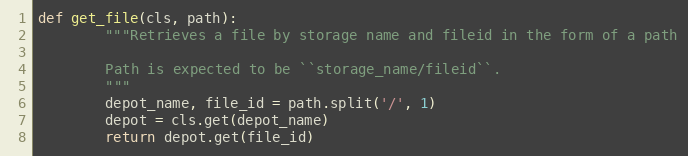
Language: Python
def get_file(cls, path):
        """Retrieves a file by storage name and fileid in the form of a path

        Path is expected to be ``storage_name/fileid``.
        """
        depot_name, file_id = path.split('/', 1)
        depot = cls.get(depot_name)
        return depot.get(file_id)